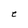
Character: e